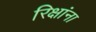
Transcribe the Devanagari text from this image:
रिक्षांना